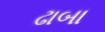
ઢાબા